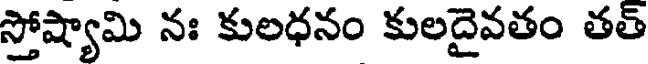
స్తోష్యామి నః కులధనం కులదైవతం తత్